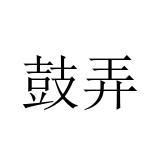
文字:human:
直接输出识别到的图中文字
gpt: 鼓弄